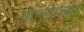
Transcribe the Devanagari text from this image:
मौज्याच्या